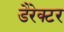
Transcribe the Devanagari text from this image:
डैरेक्टर